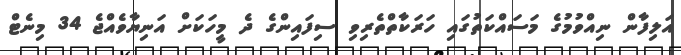
އަލިފާން ނިއްވުމުގެ މަސައްކަތުގައި ހަރަކާތްތެރިވި ސިފައިންގެ ދެ މީހަކަށް އަނިޔާވެއްޖެ 34 މިނެޓް